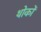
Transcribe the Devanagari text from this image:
थोकों